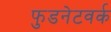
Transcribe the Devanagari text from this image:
फुडनेटवर्क